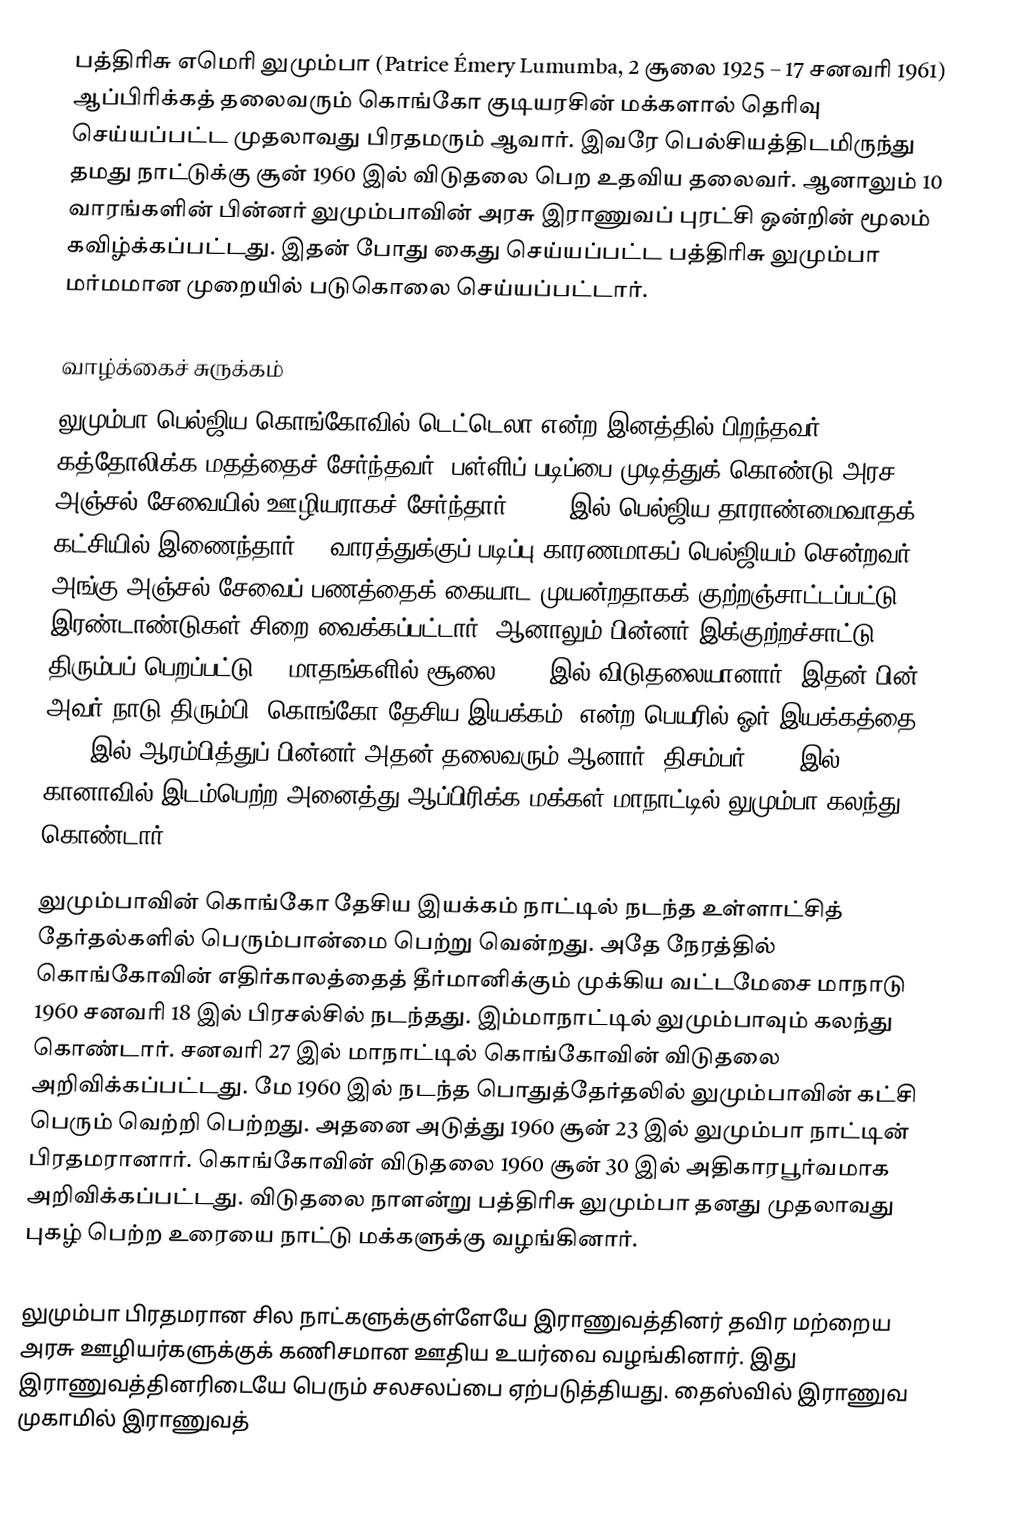
பத்திரிசு எமெரி லுமும்பா (Patrice Émery Lumumba, 2 சூலை 1925 – 17 சனவரி 1961) ஆப்பிரிக்கத் தலைவரும் கொங்கோ குடியரசின் மக்களால் தெரிவு செய்யப்பட்ட முதலாவது பிரதமரும் ஆவார். இவரே பெல்சியத்திடமிருந்து தமது நாட்டுக்கு சூன் 1960 இல் விடுதலை பெற உதவிய தலைவர். ஆனாலும் 10 வாரங்களின் பின்னர் லுமும்பாவின் அரசு இராணுவப் புரட்சி ஒன்றின் மூலம் கவிழ்க்கப்பட்டது. இதன் போது கைது செய்யப்பட்ட பத்திரிசு லுமும்பா மர்மமான முறையில் படுகொலை செய்யப்பட்டார்.

வாழ்க்கைச் சுருக்கம்
லுமும்பா பெல்ஜிய கொங்கோவில் டெட்டெலா என்ற இனத்தில் பிறந்தவர். கத்தோலிக்க மதத்தைச் சேர்ந்தவர். பள்ளிப் படிப்பை முடித்துக் கொண்டு அரச அஞ்சல் சேவையில் ஊழியராகச் சேர்ந்தார். 1955 இல் பெல்ஜிய தாராண்மைவாதக் கட்சியில் இணைந்தார். 3 வாரத்துக்குப் படிப்பு காரணமாகப் பெல்ஜியம் சென்றவர் அங்கு அஞ்சல் சேவைப் பணத்தைக் கையாட முயன்றதாகக் குற்றஞ்சாட்டப்பட்டு இரண்டாண்டுகள் சிறை வைக்கப்பட்டார். ஆனாலும் பின்னர் இக்குற்றச்சாட்டு திரும்பப் பெறப்பட்டு 12 மாதங்களில் சூலை 1956 இல் விடுதலையானார். இதன் பின் அவர் நாடு திரும்பி 'கொங்கோ தேசிய இயக்கம்' என்ற பெயரில் ஓர் இயக்கத்தை 1958 இல் ஆரம்பித்துப் பின்னர் அதன் தலைவரும் ஆனார். திசம்பர் 1958 இல் கானாவில் இடம்பெற்ற அனைத்து ஆப்பிரிக்க மக்கள் மாநாட்டில் லுமும்பா கலந்து கொண்டார்.

லுமும்பாவின் கொங்கோ தேசிய இயக்கம் நாட்டில் நடந்த உள்ளாட்சித் தேர்தல்களில் பெரும்பான்மை பெற்று வென்றது. அதே நேரத்தில் கொங்கோவின் எதிர்காலத்தைத் தீர்மானிக்கும் முக்கிய வட்டமேசை மாநாடு 1960 சனவரி 18 இல் பிரசல்சில் நடந்தது. இம்மாநாட்டில் லுமும்பாவும் கலந்து கொண்டார். சனவரி 27 இல் மாநாட்டில் கொங்கோவின் விடுதலை அறிவிக்கப்பட்டது. மே 1960 இல் நடந்த பொதுத்தேர்தலில் லுமும்பாவின் கட்சி பெரும் வெற்றி பெற்றது. அதனை அடுத்து 1960 சூன் 23 இல் லுமும்பா நாட்டின் பிரதமரானார். கொங்கோவின் விடுதலை 1960 சூன் 30 இல் அதிகாரபூர்வமாக அறிவிக்கப்பட்டது. விடுதலை நாளன்று பத்திரிசு லுமும்பா தனது முதலாவது புகழ் பெற்ற உரையை நாட்டு மக்களுக்கு வழங்கினார்.

லுமும்பா பிரதமரான சில நாட்களுக்குள்ளேயே இராணுவத்தினர் தவிர மற்றைய அரசு ஊழியர்களுக்குக் கணிசமான ஊதிய உயர்வை வழங்கினார். இது இராணுவத்தினரிடையே பெரும் சலசலப்பை ஏற்படுத்தியது. தைஸ்வில் இராணுவ முகாமில் இராணுவத்